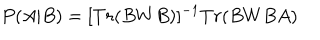
LaTeX: P ( A | B ) = [ T r ( B W B ) ] ^ { - 1 } T r ( B W B A )